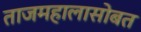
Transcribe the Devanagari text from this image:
ताजमहालासोबत